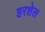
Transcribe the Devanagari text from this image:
हरशेल